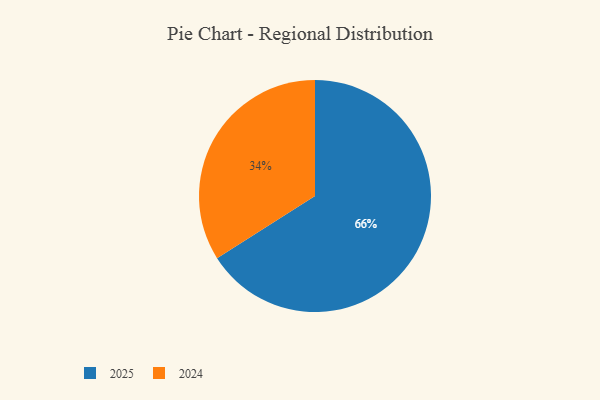
{"axis": {"x": "Category", "y": "Percentage"}, "legend": ["2024", "2025"], "data": [{"x": "2024", "y": 34, "type": "2024"}, {"x": "2025", "y": 66, "type": "2025"}]}